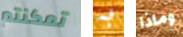
تمكنتم به وماذا